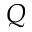
Q